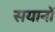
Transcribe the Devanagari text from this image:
सयानों